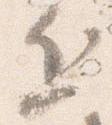
近